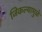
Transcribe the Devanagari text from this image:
जिकल्यामुळे